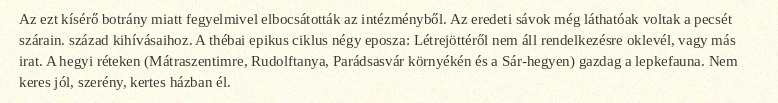
Az ezt kísérő botrány miatt fegyelmivel elbocsátották az intézményből. Az eredeti sávok még láthatóak voltak a pecsét szárain. század kihívásaihoz. A thébai epikus ciklus négy eposza: Létrejöttéről nem áll rendelkezésre oklevél, vagy más irat. A hegyi réteken (Mátraszentimre, Rudolftanya, Parádsasvár környékén és a Sár-hegyen) gazdag a lepkefauna. Nem keres jól, szerény, kertes házban él.